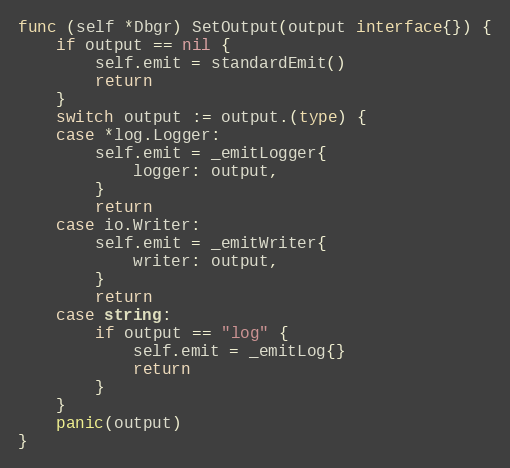
Language: Go
func (self *Dbgr) SetOutput(output interface{}) {
	if output == nil {
		self.emit = standardEmit()
		return
	}
	switch output := output.(type) {
	case *log.Logger:
		self.emit = _emitLogger{
			logger: output,
		}
		return
	case io.Writer:
		self.emit = _emitWriter{
			writer: output,
		}
		return
	case string:
		if output == "log" {
			self.emit = _emitLog{}
			return
		}
	}
	panic(output)
}